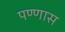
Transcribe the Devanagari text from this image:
पण्णास